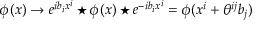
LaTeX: \phi ( x ) \rightarrow e ^ { i b _ { i } x ^ { i } } \star \phi ( x ) \star e ^ { - i b _ { i } x ^ { i } } = \phi ( x ^ { i } + \theta ^ { i j } b _ { j } )